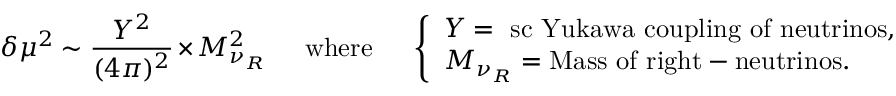
\delta \mu ^ { 2 } \sim \frac { Y ^ { 2 } } { ( 4 \pi ) ^ { 2 } } \times M _ { \nu _ { R } } ^ { 2 } \ \ \ \ \mathrm { ~ w h e r e ~ } \ \ \ \ \left\{ \begin{array} { l } { { Y = \mathrm { { \ s c ~ Y u k a w a } ~ c o u p l i n g ~ o f ~ n e u t r i n o s , } } } \\ { { M _ { \nu _ { R } } = \mathrm { M a s s ~ o f ~ r i g h t - n e u t r i n o s . } } } \end{array} \right.